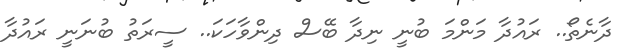
ދާނެތޯ.. ރައުދާ މަންމަ ބުނީ ނިދާ ބޭސް ދިންވާހަކަ.. ސީރަތު ބުނަނީ ރައުދާ